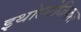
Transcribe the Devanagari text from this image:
इथोलोजिकल